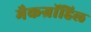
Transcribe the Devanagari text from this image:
मैकग्रॉहिल